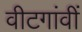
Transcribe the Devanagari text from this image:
वीटगांवीं